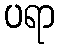
ပရာ